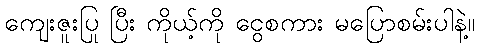
ကျေးဇူးပြု ပြီး ကိုယ့်ကို ငွေစကား မပြောစမ်းပါနဲ့။